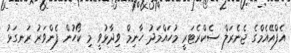
އެފްއޭއެމްގެ ޖެނެރަލް ސެކްރެޓަރީ މުހައްމަދު ހާނިމް ވިދާޅުވީ މި ކޯހުން ފެންވަރު ރަނގަޅު